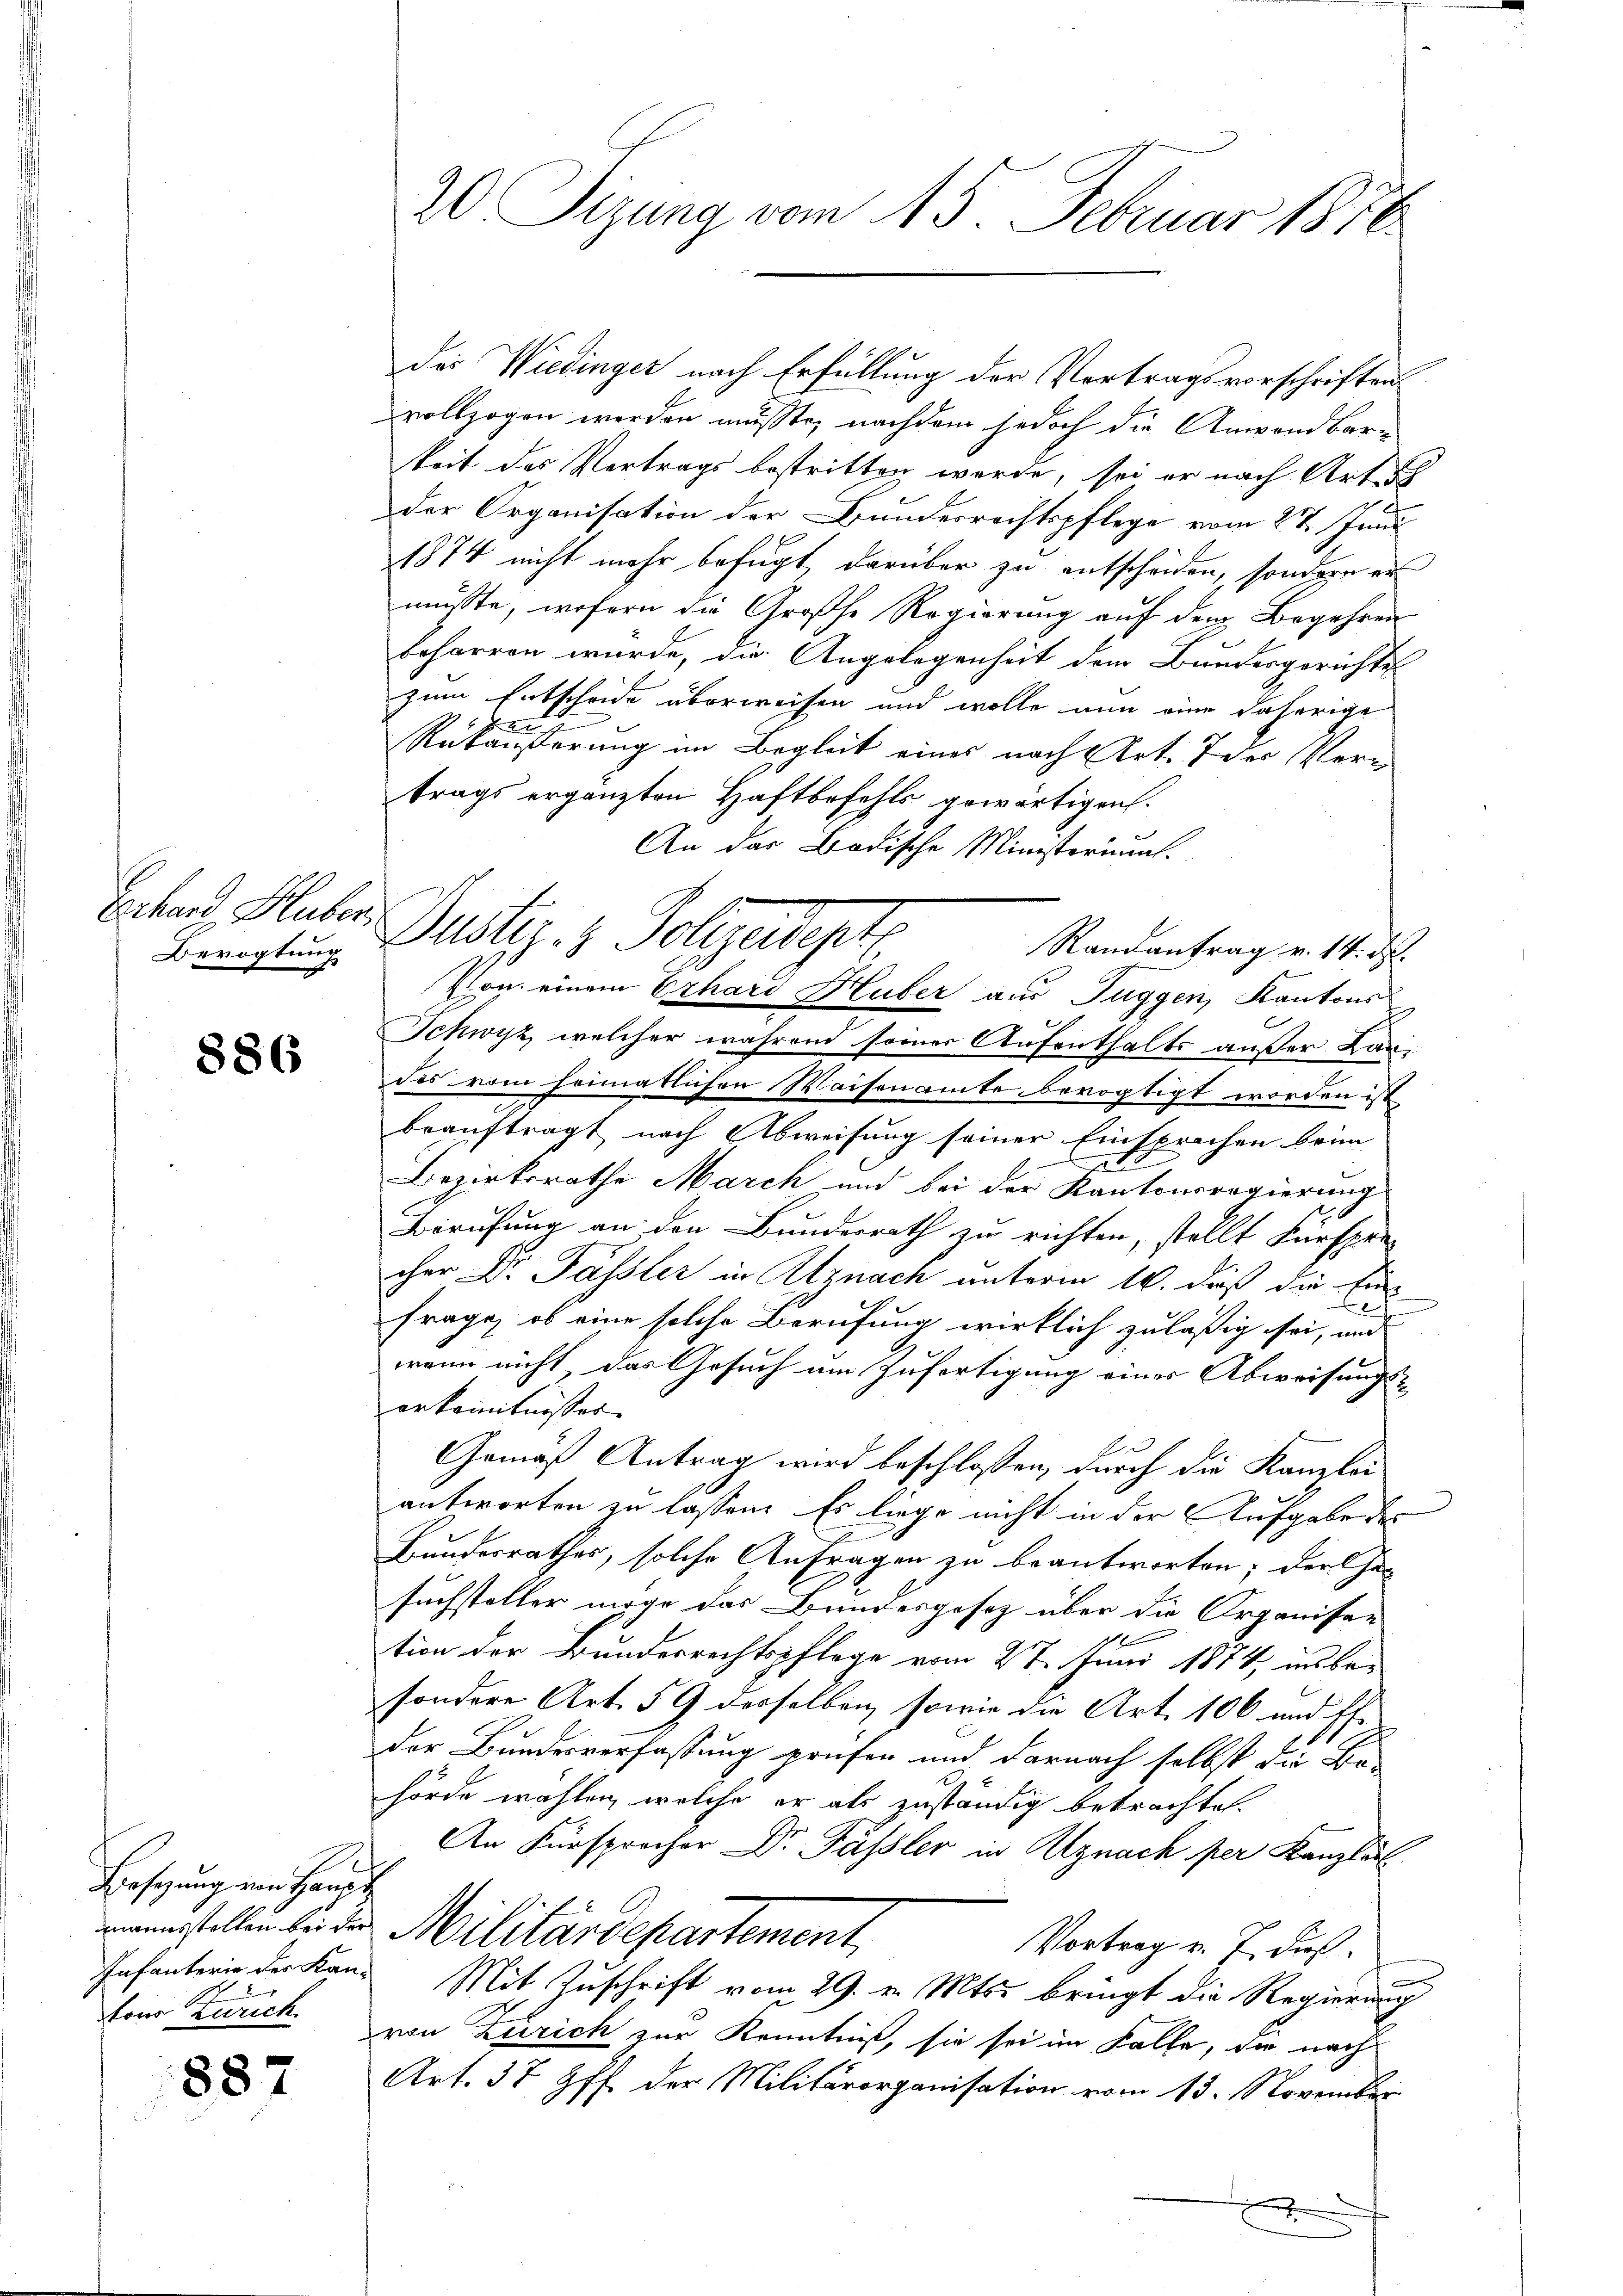
Ernhard Huber,
Bevogtung

886

Besizung ein Handt
gmannsstellen bei der
Infanterie der Kan-
tons Zürich.

887

20 Sizung vom 15. Februar 1856

Dustiz- & Polizeidept

Der Wiedinger nach Erfüllung der Vertragsvorschriften
vollzogen werden mußte, nachdem jedoch die Anwendbar-
keit des Vertrags bestritten werde, sei er nach Art. 3
der Organisation der Bundesrechtspflege vom 27. Juni
1874 nicht mehr befugt darüber zu entscheiden, sondern er
müsste, wofern die Großhe Regierung auf den Begehren
beharren wurde, die Angelegenheit dem Bundesgerichte
zum Entscheide überweisen und wolle nun eine daherige
g
Rükäußerung im Begleit eines nach Art. 7 der Vertrags ergänzten Haftbefehls gewärtigen.
An das Badische Ministerium.
Randantrag v. 14. d.
2
Von einem Erhard Huber aus Tuggen, Kantons
Schwyz, welcher während seiner Aufenthalts außer Lan-
des vom heimatlichen Waisenamte bevogtigt worden ist
beauftragt nach Abweisung seiner Einsprechen brin
Bezirksrathe March und bei der Kantonsregierung
Berufung an den Bundesrath zu richten, stellt Fürspre-
cher Dr Fässler in Utznach unterm 16. daß die Ein¬
Frage, ob eine solche Berufung wirklich zuläßig sei, und
wenn nicht, das Gesuch um Zufertigung eines Abweisungserkanntnisses
Gemäß Antrag wird beschlossen, durch die Kanzlei
antworten zu lassen. Es liege nicht in der Aufgabe der
Bundesrathes, solche Anfragen zu beantworten; der Ge-
suchsteller möge das Bundesgesetz über die Organisa-
tion der Bundesrechtspflege vom 27. Juni 1874 in be-
sondere Art. 59 desselben, sowie die Art. 106 und Efder Bundesverfassung prüfen und darnach selbst die Be-
hörde wählen, welche er als zuständig betrachtet.
An Fürsprocher Dr Fässler in Uznach per Kanzle
Militärdepartement,
Vortrag v. J. dies
d
Mit Zuschrift vom 29. v. Mts. bringt die Regierung
von Zürich zur Kenntniß, sie sei im Falle, die nach
Art. 37 ff. der Militärorganisation vom 13. November
f